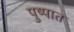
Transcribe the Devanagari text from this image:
पुष्पात